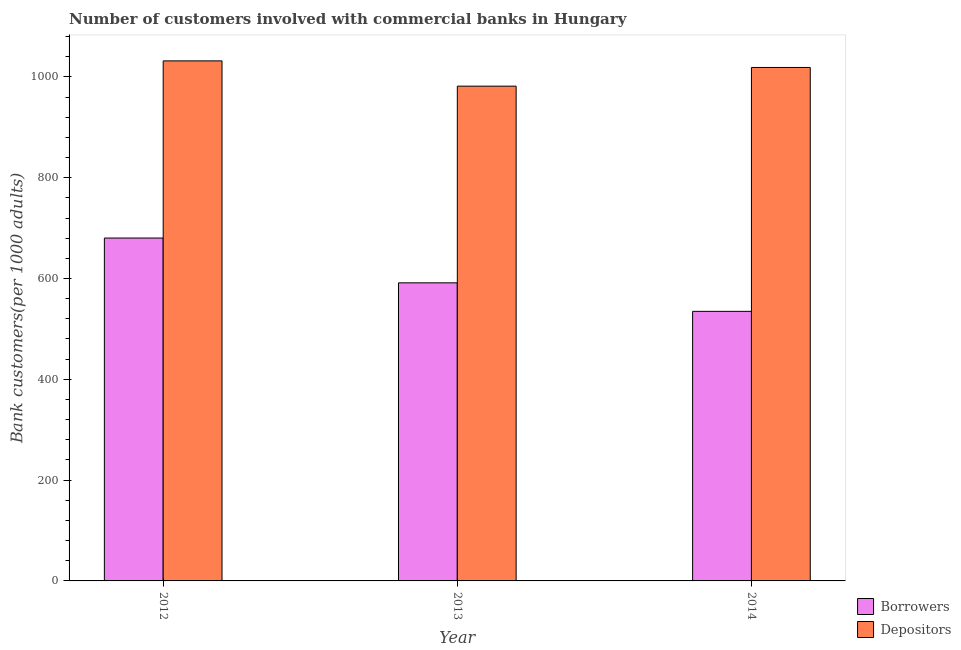
| Year | Borrowers | Depositors |
 | --- | --- | --- |
 | 2012 | 680 | 1.03e+03 |
 | 2013 | 591 | 982 |
 | 2014 | 535 | 1.02e+03 |